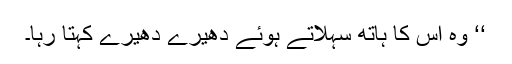
‘‘ وہ اس کا ہاتھ سہلاتے ہوئے دھیرے دھیرے کہتا رہا۔